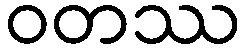
ဝတဿ